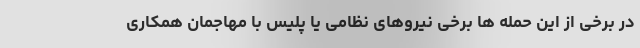
در برخی از این حمله ها برخی نیروهای نظامی یا پلیس با مهاجمان همکاری